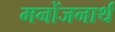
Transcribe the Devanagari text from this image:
मनोंजनार्थ